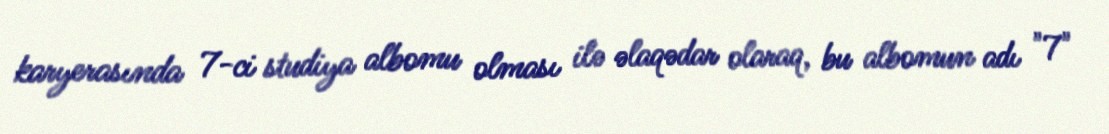
karyerasında 7-ci studiya albomu olması ilə əlaqədar olaraq, bu albomun adı "7"